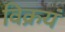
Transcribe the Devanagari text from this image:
विक्रयं